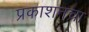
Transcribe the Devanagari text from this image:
प्रकाशनचा